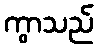
ကွာသည်